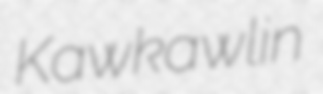
Kawkawlin